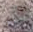
وأذا